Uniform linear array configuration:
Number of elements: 4
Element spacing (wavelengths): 0.25
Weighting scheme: uniform
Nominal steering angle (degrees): -15
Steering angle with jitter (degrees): -15.216
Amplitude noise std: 0.05
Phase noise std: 0.05

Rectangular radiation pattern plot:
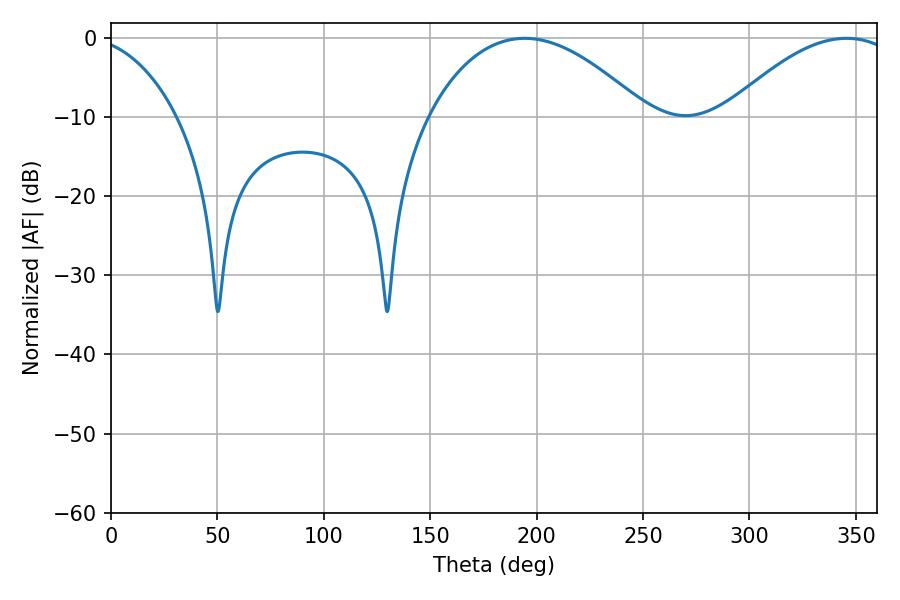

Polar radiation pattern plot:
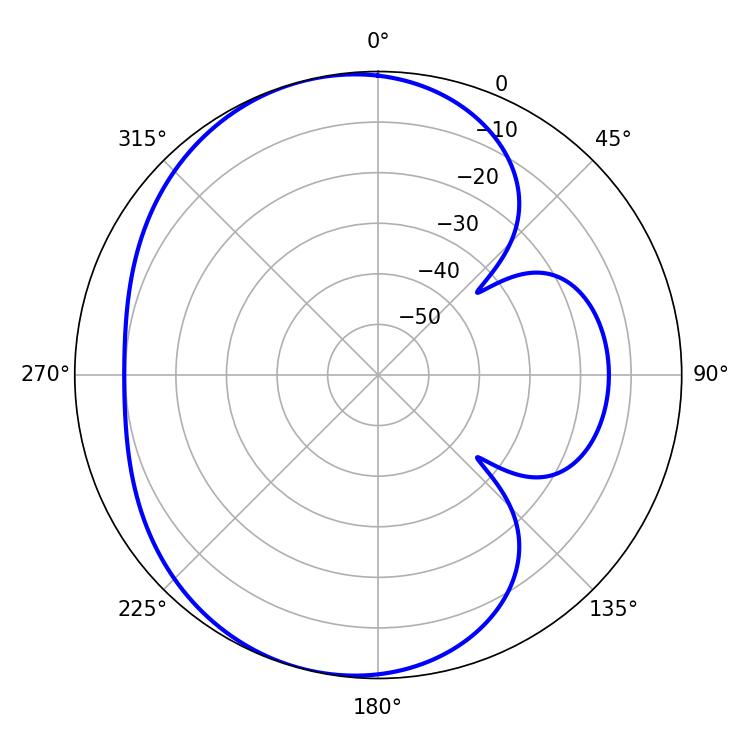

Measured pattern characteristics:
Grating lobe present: FALSE
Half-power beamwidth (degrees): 56.88
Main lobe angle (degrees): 194.4